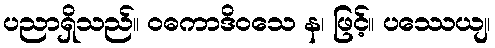
ပညာရှိသည်။ ဝဓကာဒိဝသေ န၊ ဖြင့်။ ပဿေယျ၊